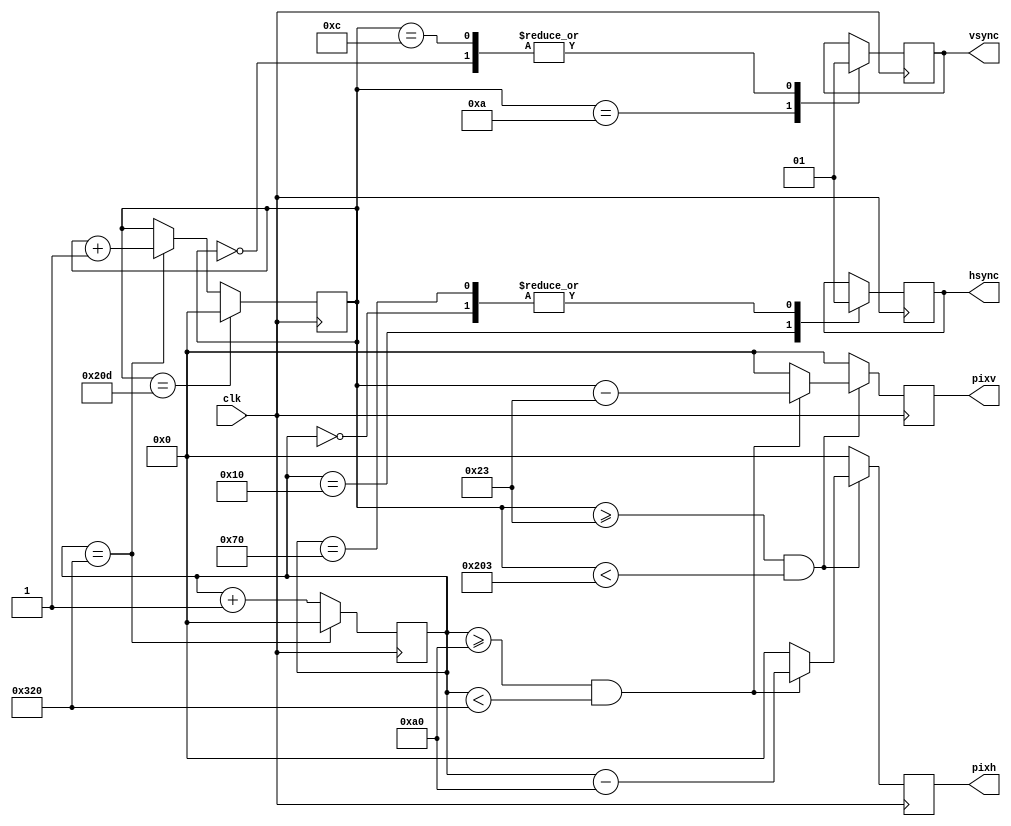
module VGA (

input clk,                    // Input 25.175 MHz clock, this is a pixel clock for this VGA mode

output reg hsync,            // Output horizontal sync signal
output reg vsync,            // Output vertical sync signal

//output reg disp_enable,          // Set when a writable portion of display is enabled:
output reg[9:0] pixh,           //  x-coordinate of an active pixel
output reg[9:0] pixv            //  y-coordinate of an active pixel
);


localparam SYNC_ON  = 1'b0;      // Define the polarity of sync pulses
localparam SYNC_OFF = 1'b1;

reg[9:0] line_count = 0;             // Line counter, current line
reg[9:0] pix_count = 0;              // Pixel counter, current pixel

always @( posedge clk)
begin

   
      pix_count <= pix_count + 1;// Increment a pixel counter every clock time!

      // This is a state machine based on a pixel count. Since VGA modes timings are
      // based on a multiple of pixel counts, we add them up and generate syncs at
      // proper times
      case (pix_count)
         0:    hsync <= SYNC_OFF;
         16:   hsync <= SYNC_ON;
         112:  hsync <= SYNC_OFF;
         800: begin
               line_count <= line_count + 1;
               pix_count <= 0;
            end
      endcase
      
      // Properly toggle vertical sync based on the current line count
      case (line_count)
         0:    vsync <= SYNC_OFF;
         10:   vsync <= SYNC_ON;
         12:   vsync <= SYNC_OFF;
         525: begin
               line_count <= 0;
            end
      endcase

      // The following code defines a drawable display region and outputs
      // disp_enable to 1 when within that region. Also, set the pixel coordinates
      // (normalized to the top-left edge of a drawable region)
      //disp_enable <= 0;
      pixh <= 0;
      pixv <= 0;
      if (line_count>=35 && line_count<515)
      begin
         if (pix_count>=160 && pix_count<800)
         begin
        //    disp_enable <= 1;
            pixh <= pix_count - 10'd160;
            pixv <= line_count - 10'd35;
         end
      end
end

endmodule